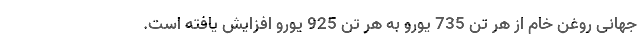
جهانی روغن خام از هر تن 735 یورو به هر تن 925 یورو افزایش یافته است.